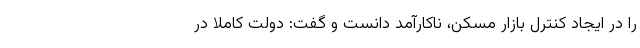
را در ایجاد کنترل بازار مسکن، ناکارآمد دانست و گفت: دولت کاملا در